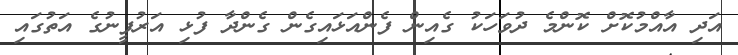
އަދި އާއްމުކޮށް ކޮންމެ ދުވަހަކު ގެއިން ފެންއަޅައިގެން ގެންދާ ފުޅި އަރުފީނުގެ އަތުގައި